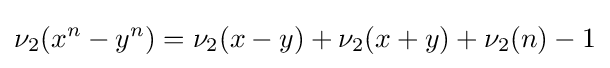
\nu _{2}(x^{n}-y^{n})=\nu _{2}(x-y)+\nu _{2}(x+y)+\nu _{2}(n)-1